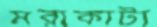
মরাকাটা